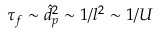
\tau _ { f } \sim \hat { d } _ { p } ^ { 2 } \sim 1 / l ^ { 2 } \sim 1 / U